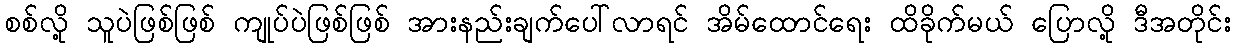
စစ်လို့ သူပဲဖြစ်ဖြစ် ကျုပ်ပဲဖြစ်ဖြစ် အားနည်းချက်ပေါ်လာရင် အိမ်ထောင်ရေး ထိခိုက်မယ် ပြောလို့ ဒီအတိုင်း